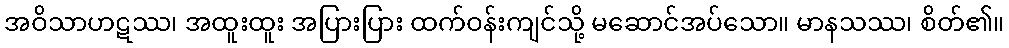
အဝိသာဟဋဿ၊ အထူးထူး အပြားပြား ထက်ဝန်းကျင်သို့ မဆောင်အပ်သော။ မာနသဿ၊ စိတ်၏။